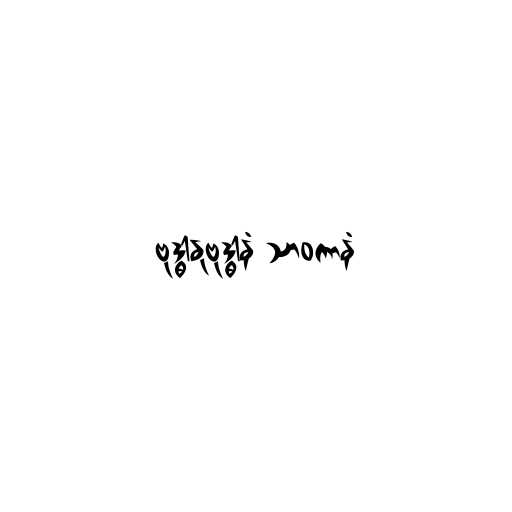
ဗုဒ္ဓါနုဗုဒ္ဓါနံ သာဝကာနံ